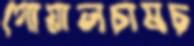
গোয়ালচামচ